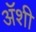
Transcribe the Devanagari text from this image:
अॅशी